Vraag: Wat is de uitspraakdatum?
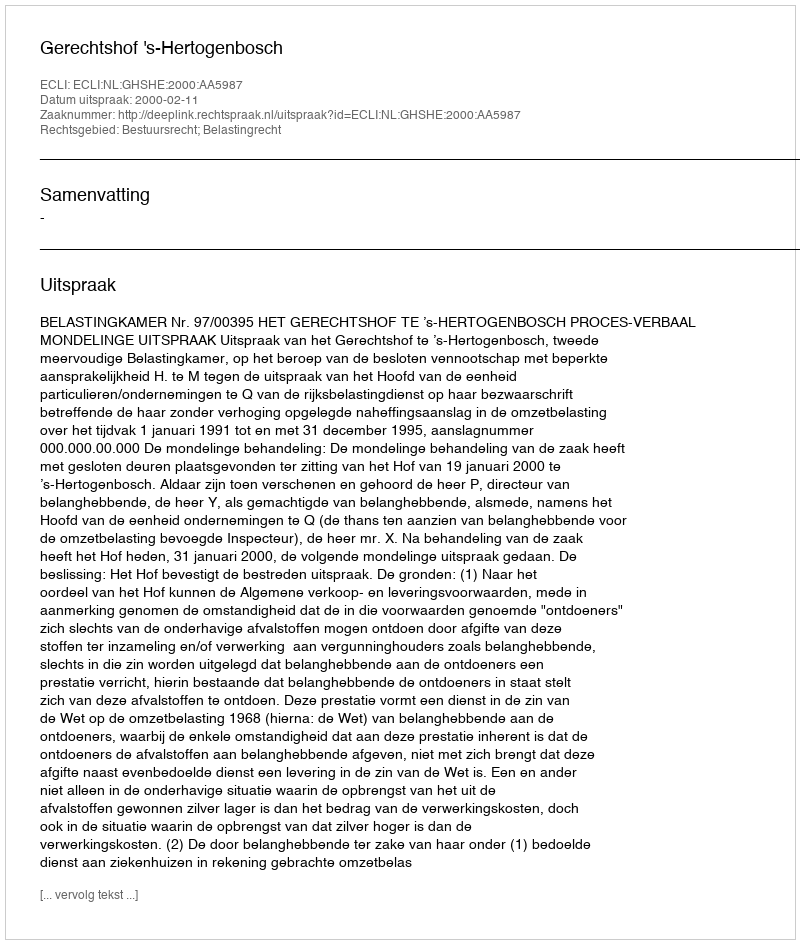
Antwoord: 2000-02-11